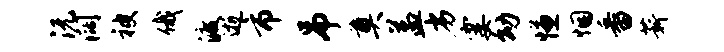
沅阔被俄渡逝市吊奠益劣霎幼慊悃番薪